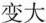
变大